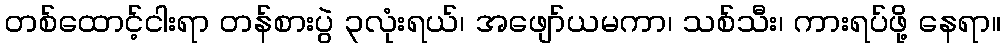
တစ်ထောင့်ငါးရာ တန်စားပွဲ ၃လုံးရယ်၊ အဖျော်ယမကာ၊ သစ်သီး၊ ကားရပ်ဖို့ နေရာ။